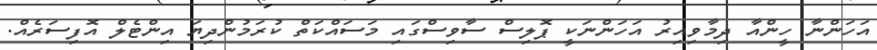
އަހަންނާ ހީންއާ ދިމާވިއިރު އަހަންނަކީ ޕޮލިސް ސާވިސްގައި މަސައްކަތް ކުރަމުންދިޔަ އިންޓެލް އޮފިސަރެއް.